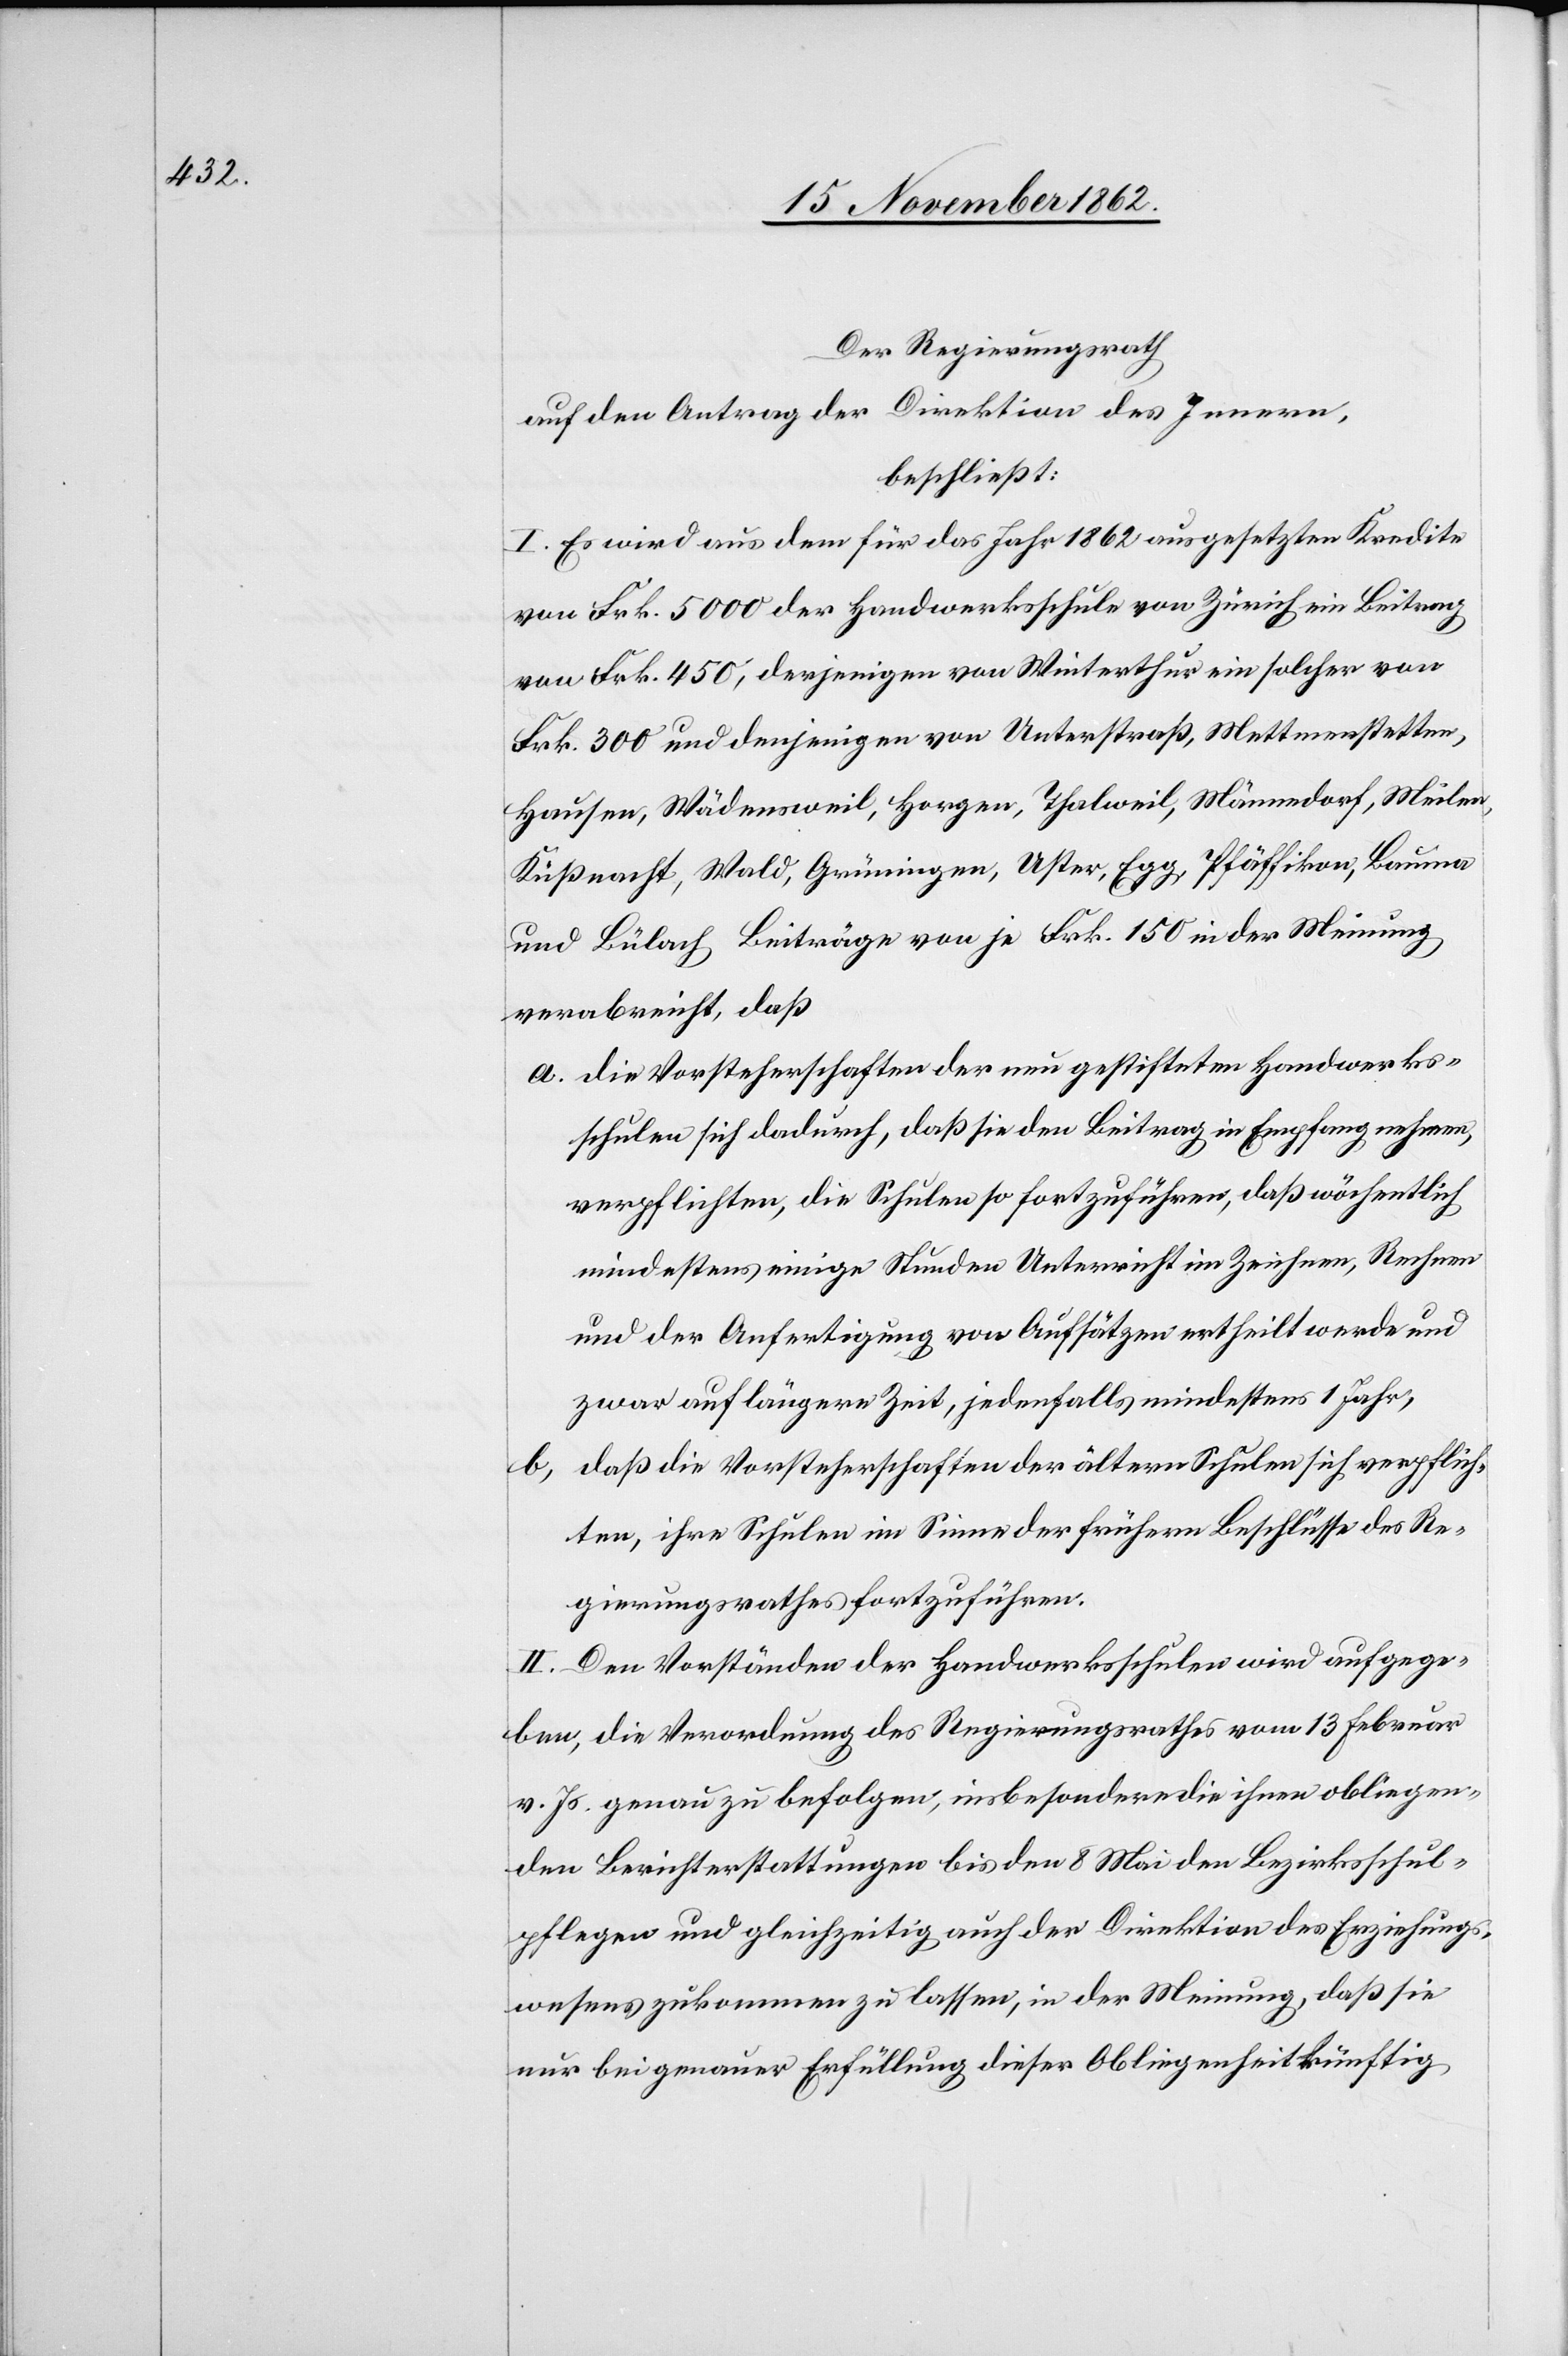
Der Regierungsrath
auf den Antrag der Direktion des Innern,
beschließt:
I. Es wird aus dem für das Jahr 1862 ausgesetzten Kredite
von Frk. 5000 der Handwerksschule von Zürich ein Beitrag
von Frk. 450, derjenigen von Winterthur ein solcher von
Frk. 300 und denjenigen von Unterstraß, Mettmenstetten,
Hausen, Wädensweil, Horgen, Thalweil, Männedorf, Meilen,
Küßnacht, Wald, Grüningen, Uster, Egg, Pfäffikon, Bauma
und Bülach Beiträge von je Frk. 150 in der Meinung
verabreicht, daß:
a. Die Vorsteherschaften der neu gestifteten Handwerks¬
schulen sich dadurch, daß sie den Beitrag in Empfang nehmen,
verpflichten, die Schulen so fortzuführen, daß wöchentlich
mindestens einige Stunden Unterricht im Zeichnen, Rechnen
und der Ausfertigung von Aufsätzen ertheilt werde und
zwar auf längere Zeit, jedenfalls mindestens 1 Jahr,
b. daß die Vorsteherschaften der ältern Schulen sich verpflich¬
ten, ihre Schulen im Sinne der frühern Beschlüsse des Re¬
gierungsrathes fortzuführen.
II. Den Vorständen der Handwerksschulen wird aufgege¬
ben, die Verordnung des Regierungsrathes vom 13. Februar
v. Js. genau zu befolgen, insbesondere die ihnen obliegen¬
den Berichterstattungen bis den 8. Mai den Bezirksschul¬
pflegen und gleichzeitig auch der Direktion des Erziehungs¬
wesens zukommen zu lasen, in der Meinung, daß sie
nur bei genauer Erfüllung dieser Obliegenheit künftig